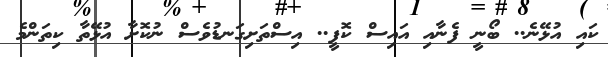
ކައި އުޅޭނެ.. ބޯނީ ފެނާއި އައިސް ކޮފީ.. އިސްތަށިގަނޑުވެސް ނުކޮށާ އުޅޭތާ ކިތަންމެ